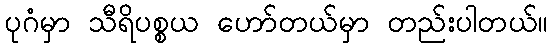
ပုဂံမှာ သီရိပစ္စယ ဟော်တယ်မှာ တည်းပါတယ်။